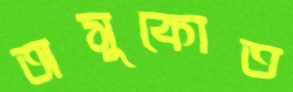
অসুকোত